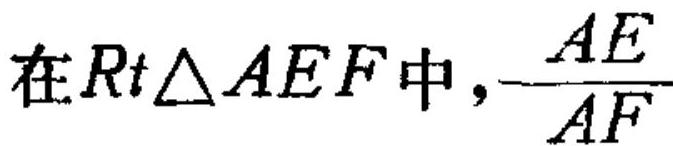
在\(Rt\triangle AEF\)中，\(\frac{AE}{AF}\)